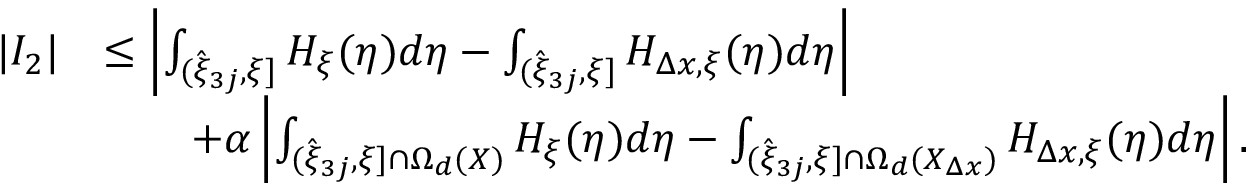
\begin{array} { r l } { | I _ { 2 } | } & { \leq \left| \int _ { ( \hat { \xi } _ { 3 j } , \xi ] } H _ { \xi } ( \eta ) d \eta - \int _ { ( \hat { \xi } _ { 3 j } , \xi ] } H _ { \Delta x , \xi } ( \eta ) d \eta \right| } \\ & { \qquad + \alpha \left| \int _ { ( \hat { \xi } _ { 3 j } , \xi ] \cap \Omega _ { d } ( X ) } H _ { \xi } ( \eta ) d \eta - \int _ { ( \hat { \xi } _ { 3 j } , \xi ] \cap \Omega _ { d } ( X _ { \Delta x } ) } H _ { \Delta x , \xi } ( \eta ) d \eta \right| . } \end{array}